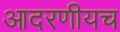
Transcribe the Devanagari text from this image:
आदरणीयच